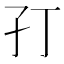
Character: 𭒶